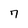
Character: 7